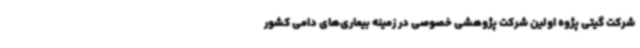
شرکت گیتی پژوه اولین شرکت پژوهشی خصوصی در زمینه بیماری‌های دامی کشور